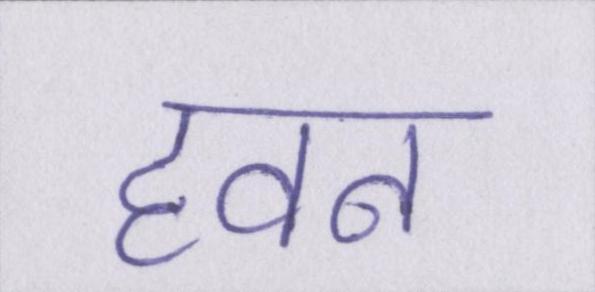
हवन